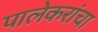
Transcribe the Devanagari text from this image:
पालेकरांचा